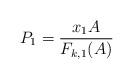
LaTeX: \begin{align*}P_1 = \frac{x_1 A}{F_{k,1}(A)}\end{align*}